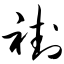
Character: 褂